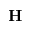
\mathbf { H }